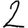
Digit: 2